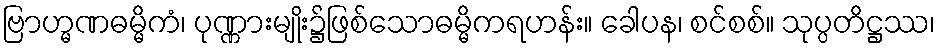
ဗြာဟ္မဏဓမ္မိကံ၊ ပုဏ္ဏားမျိုး၌ဖြစ်သောဓမ္မိကရဟန်း။ ခေါပန၊ စင်စစ်။ သုပ္ပတိဋ္ဌဿ၊